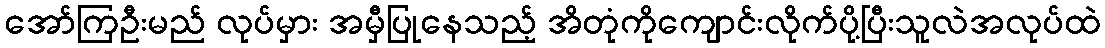
အော်ကြဦးမည် လုပ်မှား အမှီပြုနေသည့် အိတုံကိုကျောင်းလိုက်ပို့ပြီးသူလဲအလုပ်ထဲ